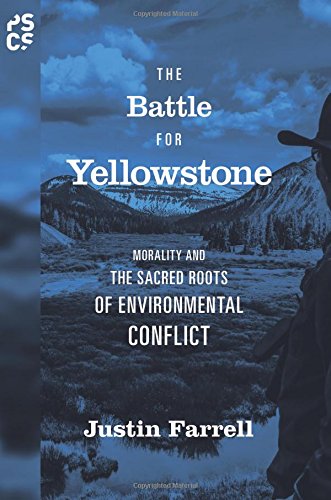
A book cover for The Battle for Yellowstone: Morality and the Sacred Roots of Environmental Conflict (Princeton Studies in Cultural Sociology); Justin Farrell; Science & Math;